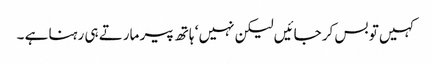
کہیں تو بس کر جائیں لیکن نہیں ‘ ہاتھ پیر مارتے ہی رہنا ہے ۔